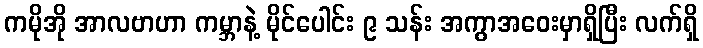
ကမိုအို အာလဗာဟာ ကမ္ဘာနဲ့ မိုင်ပေါင်း ၉ သန်း အကွာအဝေးမှာရှိပြီး လက်ရှိ